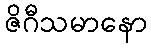
ဇိဂီသမာနော